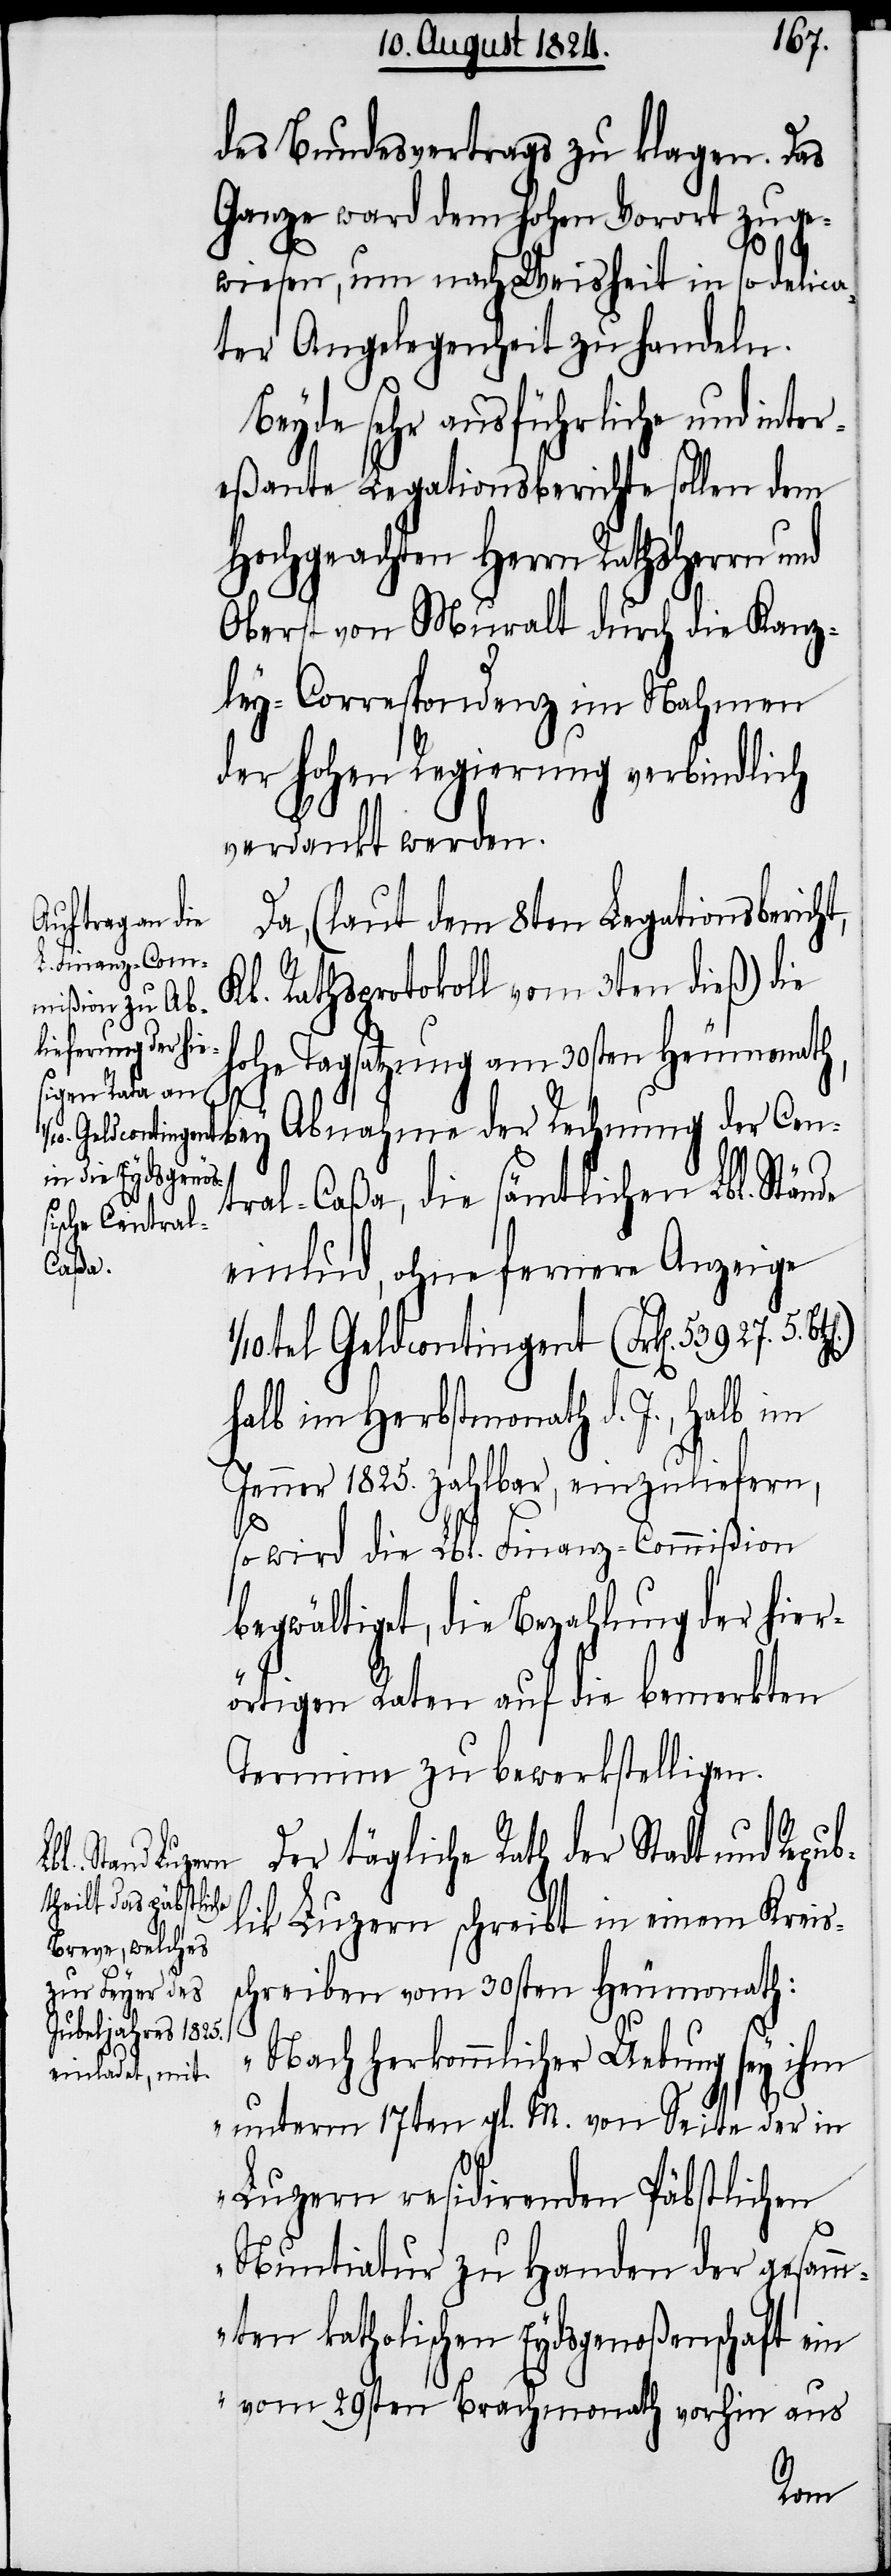
des Bundesvertrags zu klagen. Das
Ganze ward dem hohen Vorort zuge¬
wiesen, um nach Weisheit in so delica¬
ter Angelegenheit zu handeln.
Beyde sehr ausführliche und inter¬
eßante Legationsberichte sollen dem
Hochgeachten Herrn Rathsherrn
Oberst von Muralt durch die Kanz¬
ley-Correspondenz im Nahmen
der Hohen Regierung verbindlich
verdankt werden.
Da, (laut dem 8ten Legationsbericht,
Kl. Rathsprotokoll vom 3ten dieß) die
hohe Tagsatzung am 30sten Heumonath,
bey Abnahme der Rechnung der Cen¬
tral-Caßa, die sämtlichen Lbl. Stände
einlud, ohne fernere Anzeige
1/10. Geldcontingent (Frk[en]. 53927. 5.
halb im Herbstmonath d. J., halb im
Jenner 1825. zahlbar, einzuliefern,
so wird die Lbl. Finanz-Commißion
begwältigt, die Bezahlung der hier¬
örtigen Raten auf die bemerkten
Termine zu bewerkstelligen.
Der tägliche Rath der Stadt und Repub¬
lik Luzern schreibt in einem Kreis¬
schreiben vom 30sten Heumonath:
„Nach herkömmlicher Uebung sey ihm
unterm 17ten gl. M. von Seite der in
Luzern residirenden Päbstlichen
Nuntiatur zu Handen der gesamm¬
ten katholischen Eydsgenoßenschaft ein
vom 29sten Brachmonath vorhin aus